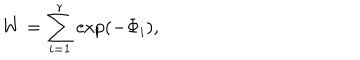
W = \sum _ { i = 1 } ^ { r } \mathrm { e x p } ( - \Phi _ { i } ) ,